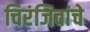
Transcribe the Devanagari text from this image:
चिरंजिवांचे